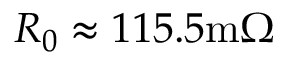
R _ { 0 } \approx 1 1 5 . 5 \mathrm { m } \Omega